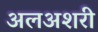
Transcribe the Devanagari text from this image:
अलअशरी